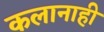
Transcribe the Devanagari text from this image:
कलानाही